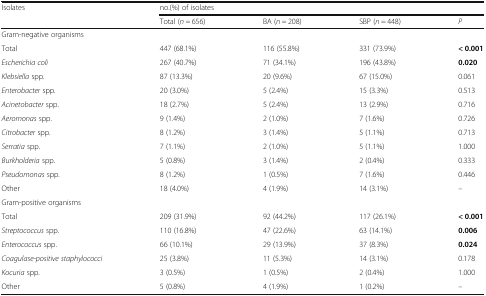
| <ROWSPAN=2> Isolates | <COLSPAN=4> no.(%) of isolates |
 | Total (n = 656) | BA (n = 208) | SBP (n = 448) | P |
 | --- | --- | --- | --- | --- |
 | Gram-negative organisms |  |  |  |  |
 | Total | 447 (68.1%) | 116 (55.8%) | 331 (73.9%) | < 0.001 |
 | Escherichia coli | 267 (40.7%) | 71 (34.1%) | 196 (43.8%) | 0.020 |
 | Klebsiella spp. | 87 (13.3%) | 20 (9.6%) | 67 (15.0%) | 0.061 |
 | Enterobacter spp. | 20 (3.0%) | 5 (2.4%) | 15 (3.3%) | 0.513 |
 | Acinetobacter spp. | 18 (2.7%) | 5 (2.4%) | 13 (2.9%) | 0.716 |
 | Aeromonas spp. | 9 (1.4%) | 2 (1.0%) | 7 (1.6%) | 0.726 |
 | Citrobacter spp. | 8 (1.2%) | 3 (1.4%) | 5 (1.1%) | 0.713 |
 | Serratia spp. | 7 (1.1%) | 2 (1.0%) | 5 (1.1%) | 1.000 |
 | Burkholderia spp. | 5 (0.8%) | 3 (1.4%) | 2 (0.4%) | 0.333 |
 | Pseudomonas spp. | 8 (1.2%) | 1 (0.5%) | 7 (1.6%) | 0.446 |
 | Other | 18 (4.0%) | 4 (1.9%) | 14 (3.1%) | – |
 | Gram-positive organisms |  |  |  |  |
 | Total | 209 (31.9%) | 92 (44.2%) | 117 (26.1%) | < 0.001 |
 | Streptococcus spp. | 110 (16.8%) | 47 (22.6%) | 63 (14.1%) | 0.006 |
 | Enterococcus spp. | 66 (10.1%) | 29 (13.9%) | 37 (8.3%) | 0.024 |
 | Coagulase-positive staphylococci | 25 (3.8%) | 11 (5.3%) | 14 (3.1%) | 0.178 |
 | Kocuria spp. | 3 (0.5%) | 1 (0.5%) | 2 (0.4%) | 1.000 |
 | Other | 5 (0.8%) | 4 (1.9%) | 1 (0.2%) | – |